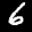
Label: 6